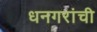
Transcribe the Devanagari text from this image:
धनगरांची